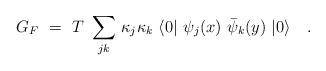
LaTeX: \begin{align*}G_F ~=~ T~\sum_{jk} \, \kappa_j\kappa_k ~\langle 0|~ \psi_j(x)~ \bar\psi_k(y)~|0\rangle \quad . \end{align*}